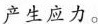
产生应力。